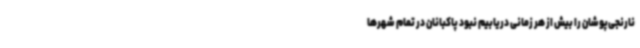
نارنجی‌پوشان را بیش از هر زمانی دریابیم نبود پاکبانان در تمام شهرها